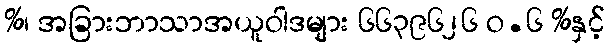
%၊ အခြားဘာသာအယူဝါဒများ ၆၆၃၉၆၂၆ ဝ.၆ %နှင့်